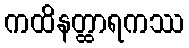
ကထိနတ္ထာရကဿ